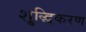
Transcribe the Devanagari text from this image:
शु्द्धिकरण